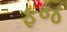
ફજ